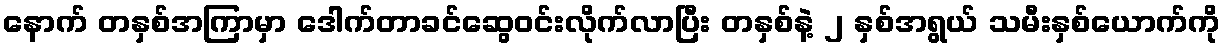
နောက် တနှစ်အကြာမှာ ဒေါက်တာခင်ဆွေဝင်းလိုက်လာပြီး တနှစ်နဲ့ ၂ နှစ်အရွယ် သမီးနှစ်ယောက်ကို